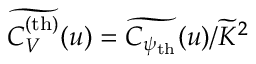
\widetilde { C _ { V } ^ { \mathrm { ( t h ) } } } ( u ) = \widetilde { C _ { \psi _ { \mathrm { t h } } } } ( u ) / \widetilde { K } ^ { 2 }